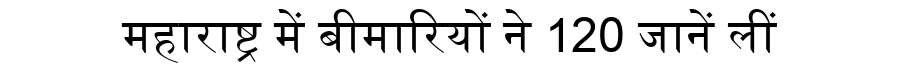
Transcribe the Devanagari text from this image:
महाराष्ट्र में बीमारियों ने 120 जानें लीं